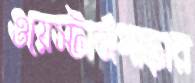
ওয়েস্টার্নপাড়ার